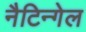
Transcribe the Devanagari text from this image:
नैटिन्गेल